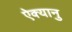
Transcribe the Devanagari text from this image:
ऐक्यानु